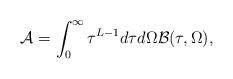
LaTeX: \begin{align*}{\cal A}=\int_0^{\infty}\tau ^{L-1}d\tau d\Omega {\cal B}(\tau ,\Omega ),\end{align*}